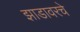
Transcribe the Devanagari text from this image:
झाडावरचे